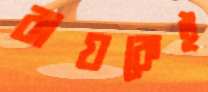
রায়কেই